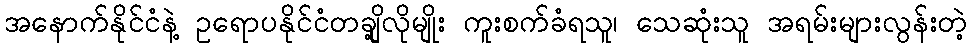
အနောက်နိုင်ငံနဲ့ ဥရောပနိုင်ငံတချို့လိုမျိုး ကူးစက်ခံရသူ၊ သေဆုံးသူ အရမ်းများလွန်းတဲ့